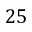
2 5